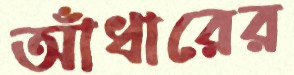
আঁধারের